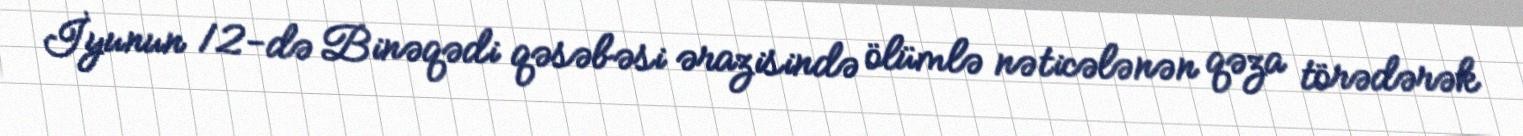
İyunun 12-də Binəqədi qəsəbəsi ərazisində ölümlə nəticələnən qəza törədərək